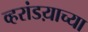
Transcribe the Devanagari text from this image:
व्हरांडय़ाच्या